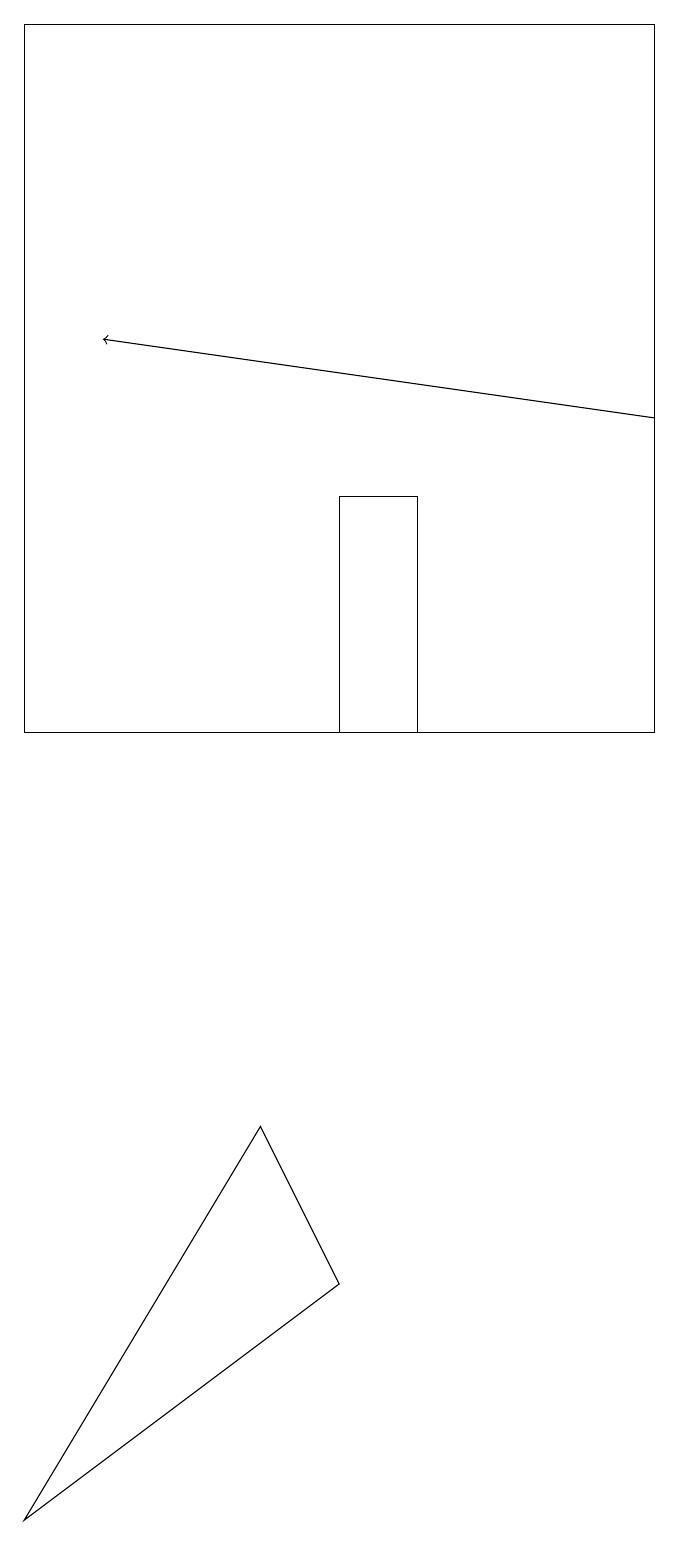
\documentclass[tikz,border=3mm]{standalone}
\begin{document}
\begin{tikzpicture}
\draw (4,10) rectangle (5,13);
\draw (8,10) rectangle (0,19);
\draw (0,0) -- (4,3) -- (3,5) -- cycle;
\draw[->] (8,14) -- (1,15);
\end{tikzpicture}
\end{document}